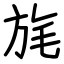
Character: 旄